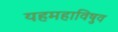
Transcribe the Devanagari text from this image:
यहमहाविषुव